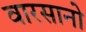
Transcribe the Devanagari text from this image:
वारसानो